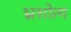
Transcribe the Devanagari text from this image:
भ्रंशोत्य